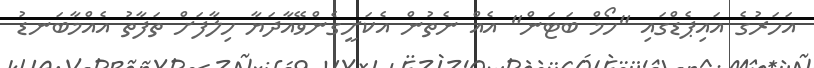
އަހަރުގެ އައިޕެޑްގައި "ހޯމް ބަޓަން" އެއް ނެތުން އެކަށީގެންވޭއާދަޔާ ހިލާފަށް ތަފާތު އެއްމާބަނޑު